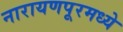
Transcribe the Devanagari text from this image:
नारायणपूरमध्ये